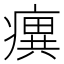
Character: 𤺆